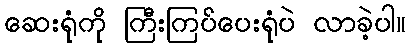
ဆေးရုံကို ကြီးကြပ်ပေးရုံပဲ လာခဲ့ပါ။